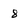
Character: 8